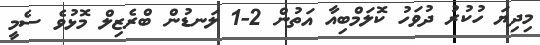
މިދިޔަ ހުކުރު ދުވަހު ކޮލަމްބިއާ އަތުން 2-1 ލަނޑުން ބްރެޒިލް މޮޅުވެ ސެމީ